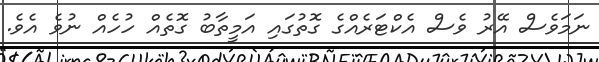
ނަމަވެސް އޭރު ވެސް އެކްޓަރެއްގެ ގޮތުގައި އަމީތާބު ގޮތެއް ހުހެއް ނުވެ އެވެ.